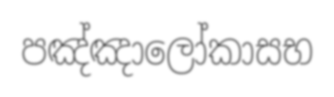
පඤ්ඤාලෝකාසභ